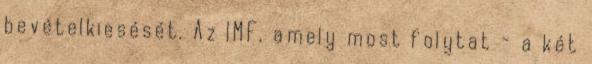
bevételkiesését. Az IMF, amely most folytat - a két